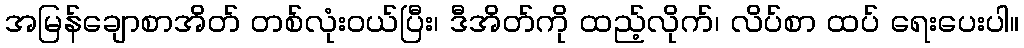
အမြန်ချောစာအိတ် တစ်လုံးဝယ်ပြီး၊ ဒီအိတ်ကို ထည့်လိုက်၊ လိပ်စာ ထပ် ရေးပေးပါ။